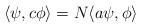
LaTeX: \begin{align*}\langle \psi, c\phi\rangle = N\langle a\psi,\phi\rangle\end{align*}